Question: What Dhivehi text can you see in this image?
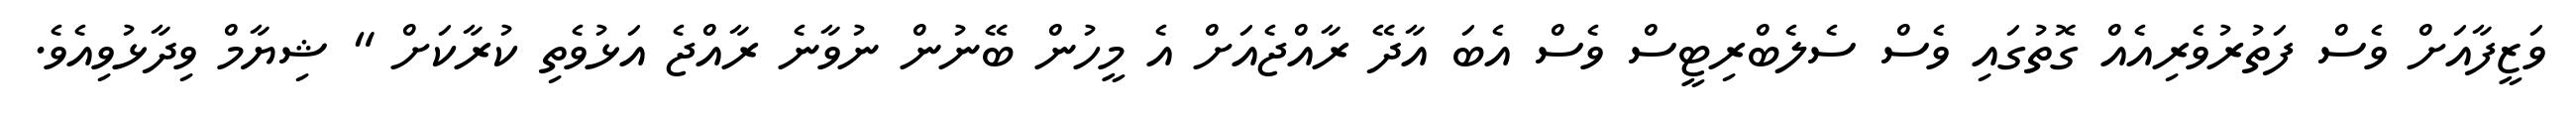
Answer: ވަޒީފާއަށް ވެސް ފަތުރުވެރިއެއް ގޮތުގައި ވެސް ސެލެބްރިޓީސް ވެސް އެބަ އާދޭ ރާއްޖެއަށް އެ މީހުން ބޭނުން ނުވާނެ ރާއްޖެ އަޅުވެތި ކުރާކަށް " ޝިޔާމް ވިދާޅުވިއެވެ.